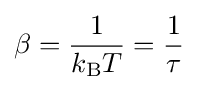
\beta ={\frac {1}{k_{\rm {B}}T}}={\frac {1}{\tau }}